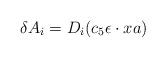
LaTeX: \begin{align*}\delta A_i = D_i( c_5 \epsilon\cdot x a)\end{align*}